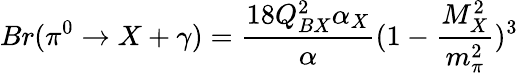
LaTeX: Br(\pi^{0}\rightarrow X+\gamma)=\frac{18Q_{BX}^{2}\alpha_{X}}{\alpha}(1-\frac{M_{X}^{2}}{m_{\pi}^{2}})^{3}